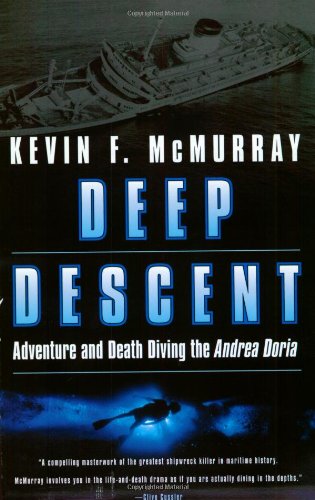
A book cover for Deep Descent: Adventure and Death Diving the Andrea Doria; Kevin F. McMurray; Sports & Outdoors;